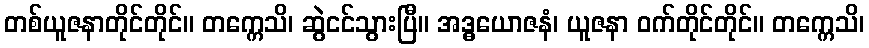
တစ်ယူဇနာတိုင်တိုင်။ တက္ကေသိ၊ ဆွဲငင်သွားပြီ။ အဒ္ဓယောဇနံ၊ ယူဇနာ ဝက်တိုင်တိုင်။ တက္ကေသိ၊